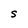
Character: S